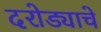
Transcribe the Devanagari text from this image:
दरोड्याचे